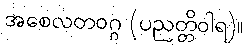
အစေလတဝဂ္ဂ (ပညတ္တိဝါရ)။